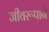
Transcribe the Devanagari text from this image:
जीवरूपाने